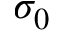
\sigma _ { 0 }